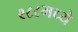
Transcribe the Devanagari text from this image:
९८८मध्ये